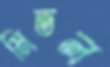
মিতল